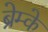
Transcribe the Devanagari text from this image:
ब्रेम्के